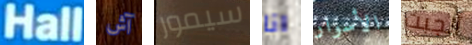
Hall آش سيمور انا الأسوار أنجبت